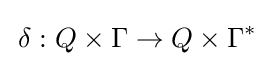
\,\delta :Q\times \Gamma \rightarrow Q\times \Gamma ^{*}